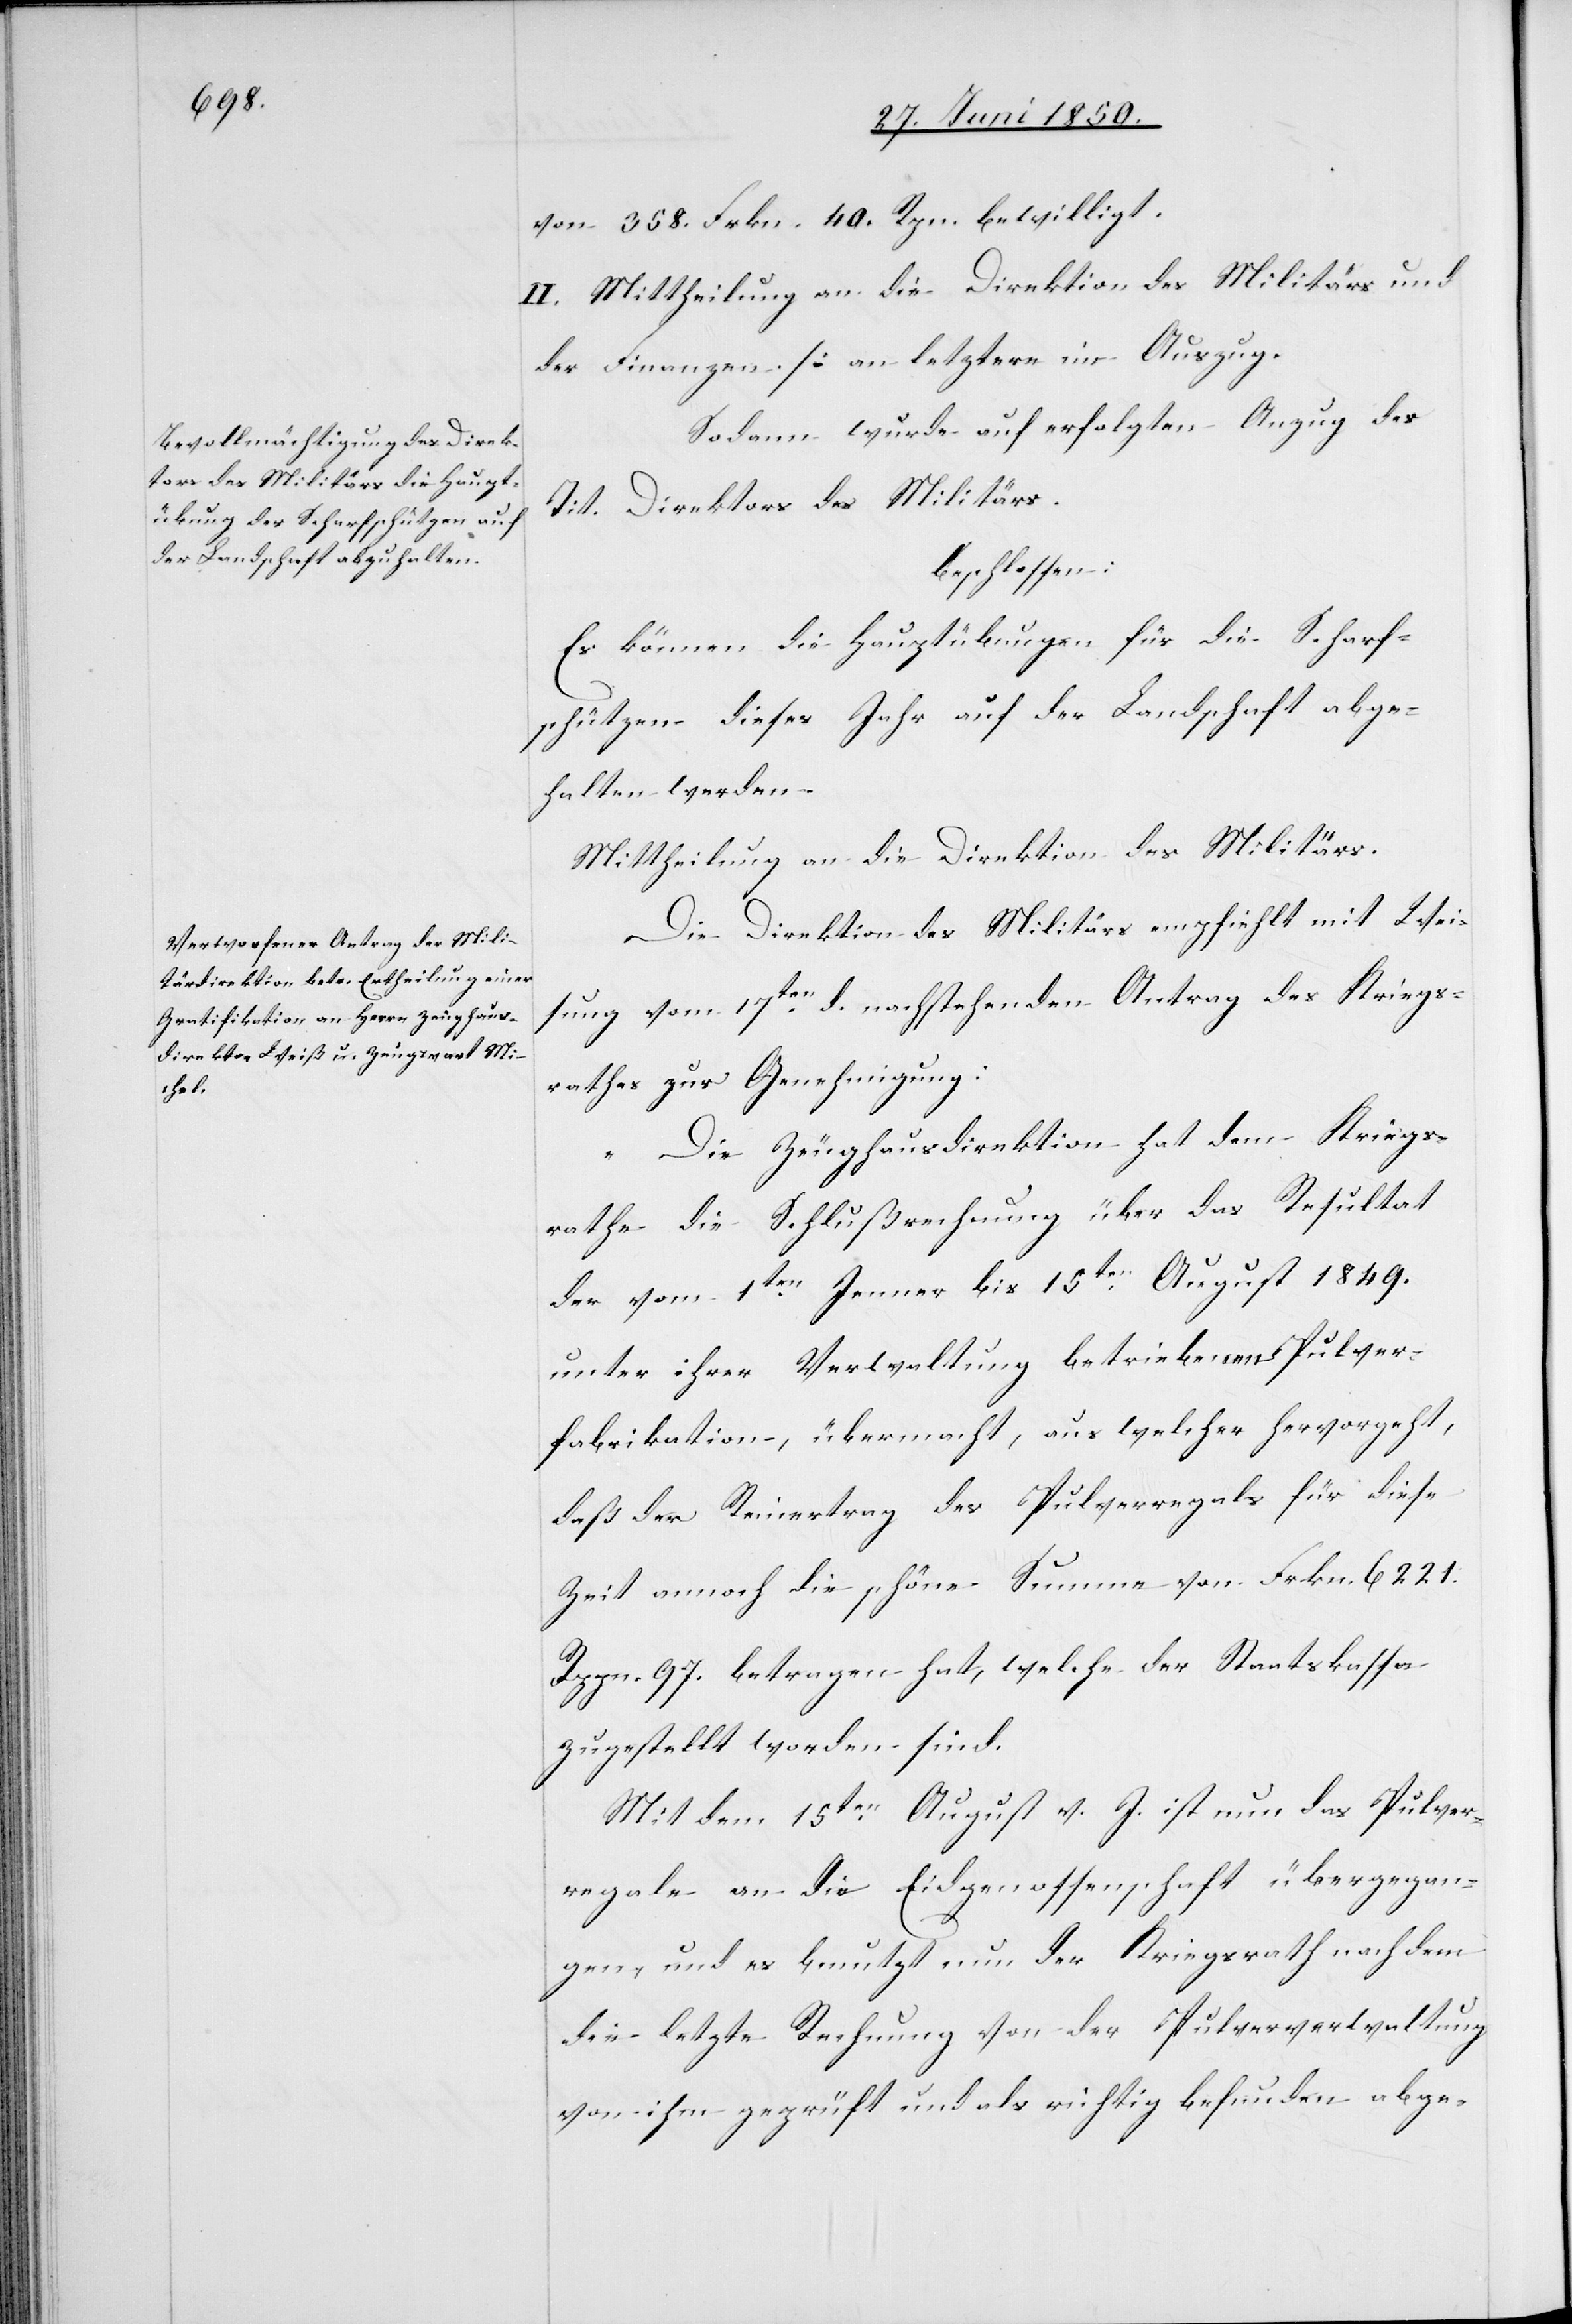
von 358. Frkn. 40. Rpn. bewilligt.
II. Mittheilung an die Direktion des Militärs und
der Finanzen. [an letztere im Auszug.[]]
Sodann wurde auf erfolgten Anzug des
Tit. Direktors des Militärs.
beschlossen:
Es können die Hauptübungen für die Scharf¬
schützen dieses Jahr auf der Landschaft abge¬
halten werden.
Mittheilung an die Direktion des Militärs.
Die Direktion des Militärs empfiehlt mit Wei¬
sung vom 17ten d. nachstehenden Antrag des Kriegs¬
rathes zur Genehmigung:
„Die Zeughausdirektion hat dem Kriegs¬
rathe die Schlußrechnung über das Resultat
der vom 1ten Jenner bis 15ten August 1849.
unter ihrer Verwaltung betriebenen Pulver¬
fabrikation, übermacht, aus welcher hervorgeht,
daß der Reinertrag des Pulverregals für diese
Zeit annoch die schöne Summe von Frkn. 6221.
Rppn. 97. betragen hat, welche der Staatskassa
zugestellt worden sind.
Mit dem 15ten August v. J. ist nun das Pulver¬
regale an die Eidgenossenschaft übergegan¬
gen, und es benutzt nun der Kriegsrath nachdem
die letzte Rechnung von der Pulververwaltung
von ihm geprüft und als richtig befunden agbe-